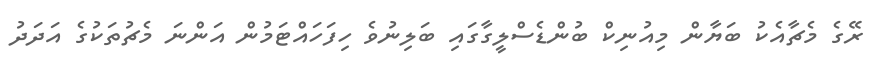
ރޭގެ މެޗާއެކު ބަޔާން މިއުނިކް ބުންޑެސްލީގާގައި ބަލިނުވެ ހިފަހައްޓަމުން އަންނަ މެޗުތަކުގެ އަދަދު